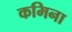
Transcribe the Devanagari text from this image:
कमिना